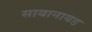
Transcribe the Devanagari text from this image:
सायानायड